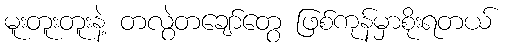
မူးတူးတူးနဲ့ တလွဲတချော်တွေ ဖြစ်ကုန်မှာစိုးရတယ်